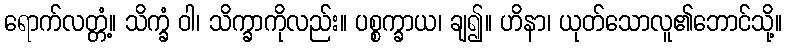
ရောက်လတ္တံ့။ သိက္ခံ ဝါ၊ သိက္ခာကိုလည်း။ ပစ္စက္ခာယ၊ ချ၍။ ဟိနာ၊ ယုတ်သောလူ၏ဘောင်သို့။